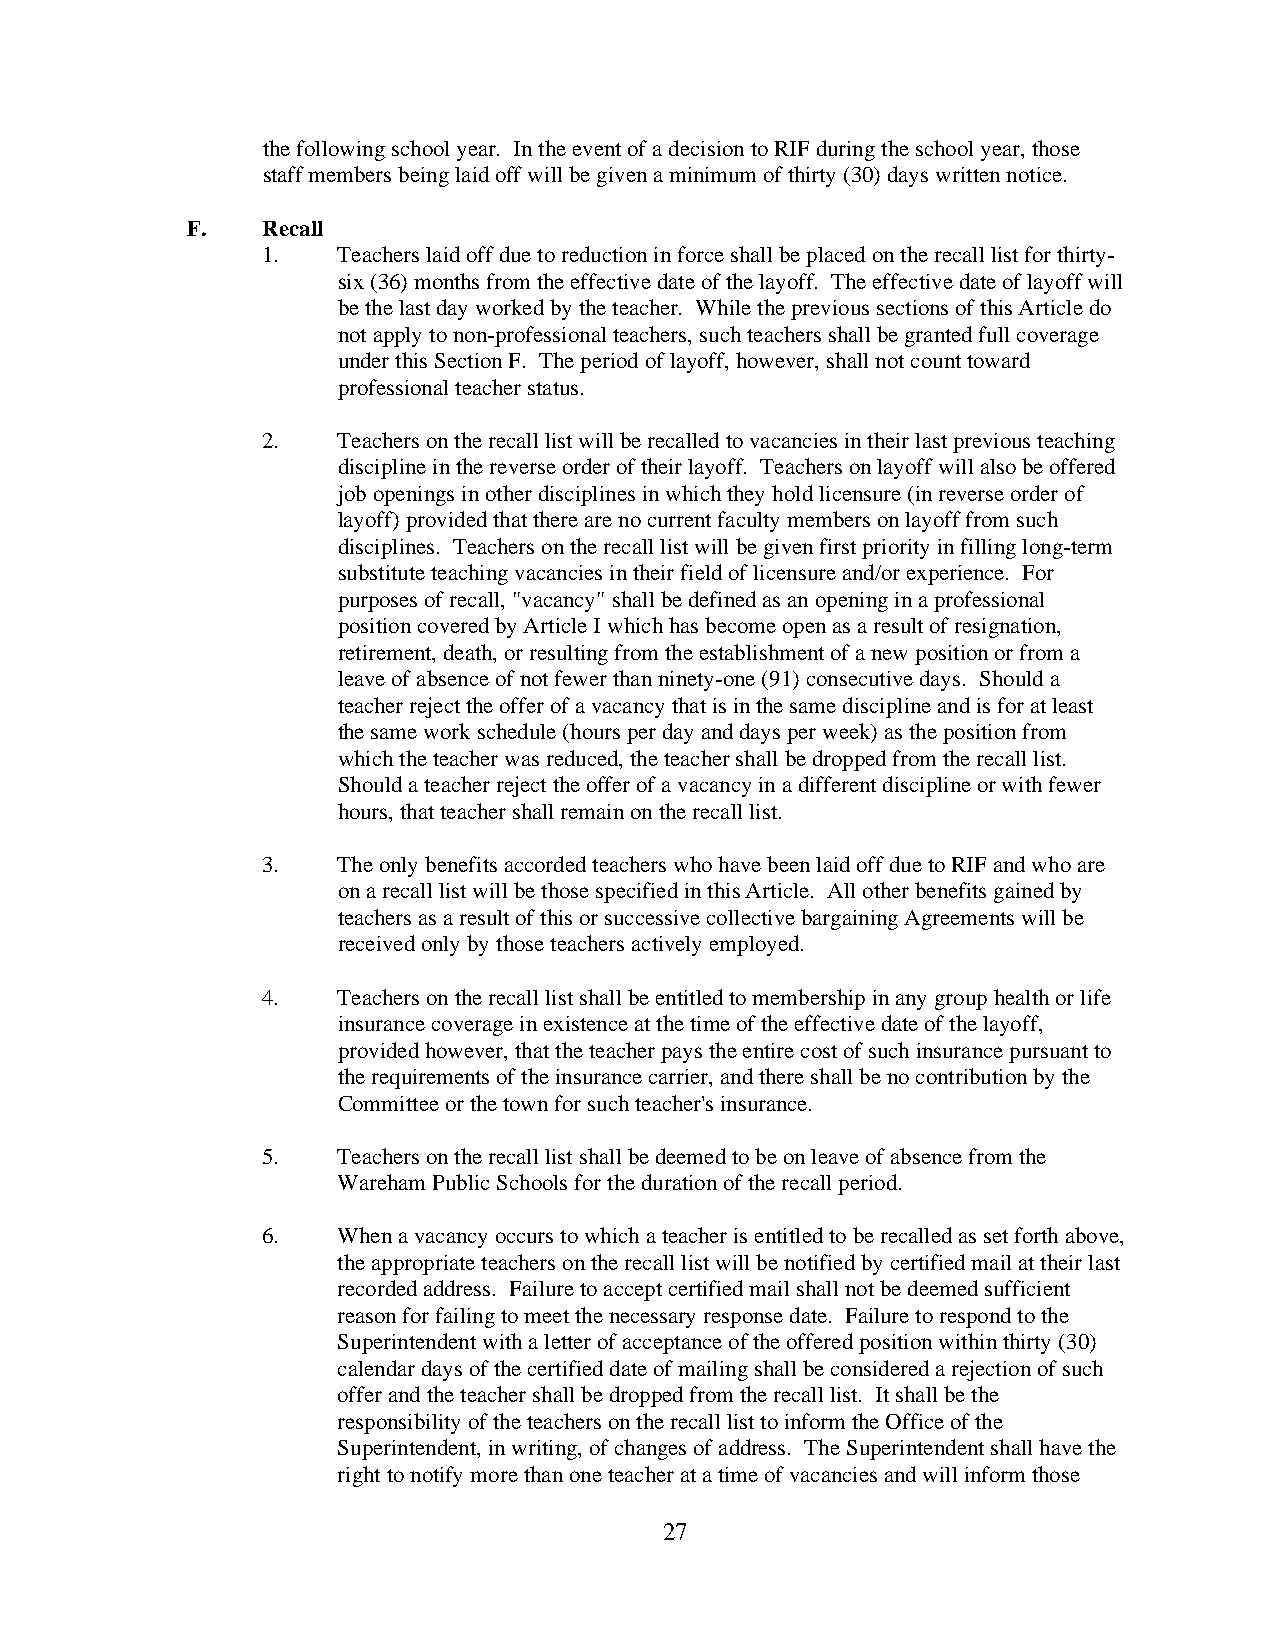
the following school year. In the event of a decision to RIF during the school year, those
 staff members being laid off will be given a minimum of thirty (30) days written notice.
 F.   Recall
 1.   Teachers laid off due to reduction in force shall be placed on the recall list for thirty-
 six (36) months from the effective date of the layoff. The effective date of layoff will
 be the last day worked by the teacher. While the previous sections of this Article do
 not apply to non-professional teachers, such teachers shall be granted full coverage
 under this Section F. The period of layoff, however, shall not count toward
 professional teacher status.
 2.   Teachers on the recall list will be recalled to vacancies in their last previous teaching
 discipline in the reverse order of their layoff. Teachers on layoff will also be offered
 job openings in other disciplines in which they hold licensure (in reverse order of
 layoff) provided that there are no current faculty members on layoff from such
 disciplines. Teachers on the recall list will be given first priority in filling long-term
 substitute teaching vacancies in their field of licensure and/or experience. For
 purposes of recall, "vacancy" shall be defined as an opening in a professional
 position covered by Article I which has become open as a result of resignation,
 retirement, death, or resulting from the establishment of a new position or from a
 leave of absence of not fewer than ninety-one (91) consecutive days. Should a
 teacher reject the offer of a vacancy that is in the same discipline and is for at least
 the same work schedule (hours per day and days per week) as the position from
 which the teacher was reduced, the teacher shall be dropped from the recall list.
 Should a teacher reject the offer of a vacancy in a different discipline or with fewer
 hours, that teacher shall remain on the recall list.
 3.   The only benefits accorded teachers who have been laid off due to RIF and who are
 on a recall list will be those specified in this Article. All other benefits gained by
 teachers as a result of this or successive collective bargaining Agreements will be
 received only by those teachers actively employed.
 4.   Teachers on the recall list shall be entitled to membership in any group health or life
 insurance coverage in existence at the time of the effective date of the layoff,
 provided however, that the teacher pays the entire cost of such insurance pursuant to
 the requirements of the insurance carrier, and there shall be no contribution by the
 Committee or the town for such teacher's insurance.
 5.   Teachers on the recall list shall be deemed to be on leave of absence from the
 Wareham Public Schools for the duration of the recall period.
 6.   When a vacancy occurs to which a teacher is entitled to be recalled as set forth above,
 the appropriate teachers on the recall list will be notified by certified mail at their last
 recorded address. Failure to accept certified mail shall not be deemed sufficient
 reason for failing to meet the necessary response date. Failure to respond to the
 Superintendent with a letter of acceptance of the offered position within thirty (30)
 calendar days of the certified date of mailing shall be considered a rejection of such
 offer and the teacher shall be dropped from the recall list. It shall be the
 responsibility of the teachers on the recall list to inform the Office of the
 Superintendent, in writing, of changes of address. The Superintendent shall have the
 right to notify more than one teacher at a time of vacancies and will inform those
 27